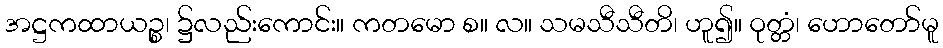
အဋ္ဌကထာယဉ္စ၊ ၌လည်းကောင်း။ ကတမော စ။ လ။ သမသီသီတိ၊ ဟူ၍။ ဝုတ္တံ၊ ဟောတော်မူ